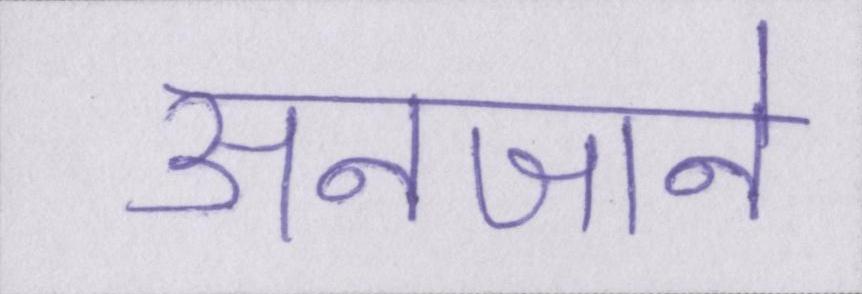
अनजाने